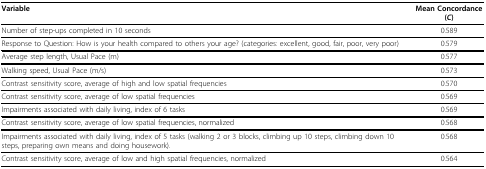
| Variable | Mean Concordance (C) |
 | --- | --- |
 | Number of step-ups completed in 10 seconds | 0.589 |
 | Response to Question: How is your health compared to others your age? (categories: excellent, good, fair, poor, very poor) | 0.579 |
 | Average step length, Usual Pace (m) | 0.577 |
 | Walking speed, Usual Pace (m/s) | 0.573 |
 | Contrast sensitivity score, average of high and low spatial frequencies | 0.570 |
 | Contrast sensitivity score, average of low spatial frequencies | 0.569 |
 | Impairments associated with daily living, index of 6 tasks | 0.569 |
 | Contrast sensitivity score, average of low spatial frequencies, normalized | 0.568 |
 | Impairments associated with daily living, index of 5 tasks (walking 2 or 3 blocks, climbing up 10 steps, climbing down 10 steps, preparing own means and doing housework). | 0.568 |
 | Contrast sensitivity score, average of low and high spatial frequencies, normalized | 0.564 |